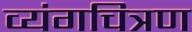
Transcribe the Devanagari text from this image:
व्यंगचित्रण